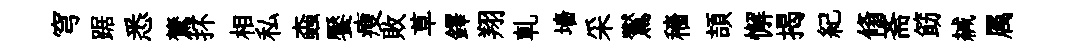
穹踞悉鷟抔相私螙饜瘦敗草鐸翔軋墻采鸑穡頡懈揭紀翛斋筯緘属